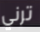
ترني